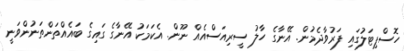
ހޮސްޕިޓަލުގައި ފަރުވާދެމުން. އޭނާގެ ހާލު ސީރިއަސްއެއް ނޫން. އެކަމަކު އޭނާގެ ގައިގެ ބައެއްތަންތަނުންވަނީ